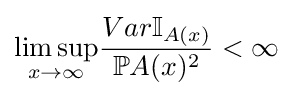
{\underset {x\rightarrow \infty }{\lim \sup }}{\frac {Var\mathbb {I} _{A(x)}}{\mathbb {P} A(x)^{2}}}<\infty